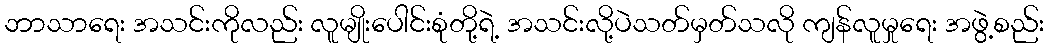
ဘာသာရေး အသင်းကိုလည်း လူမျိုးပေါင်းစုံတို့ရဲ့ အသင်းလို့ပဲသတ်မှတ်သလို ကျန်လူမှုရေး အဖွဲ့စည်း